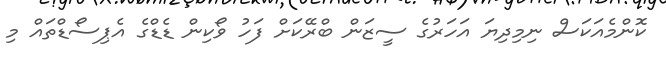
ކޮންމެއަކަސް ނިމިދިޔަ އަހަރުގެ ސީޒަން ބްރޭކަށް ފަހު ވޯކިން ޑެޑްގެ އެޕިސޯޑްތައް މި